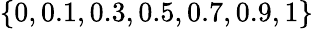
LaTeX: \{ 0,0.1,0.3,0.5,0.7,0.9,1\}